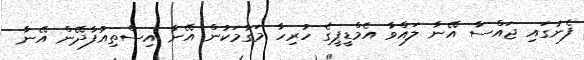
ފެނުގައި ޖައްސާ އޭނާ ލައްވާ އެމްޑީޕީގެ ހުރިހާ މަގާމަކުން އޭނާ އިސްތިއުފާދޭން އޭނާ